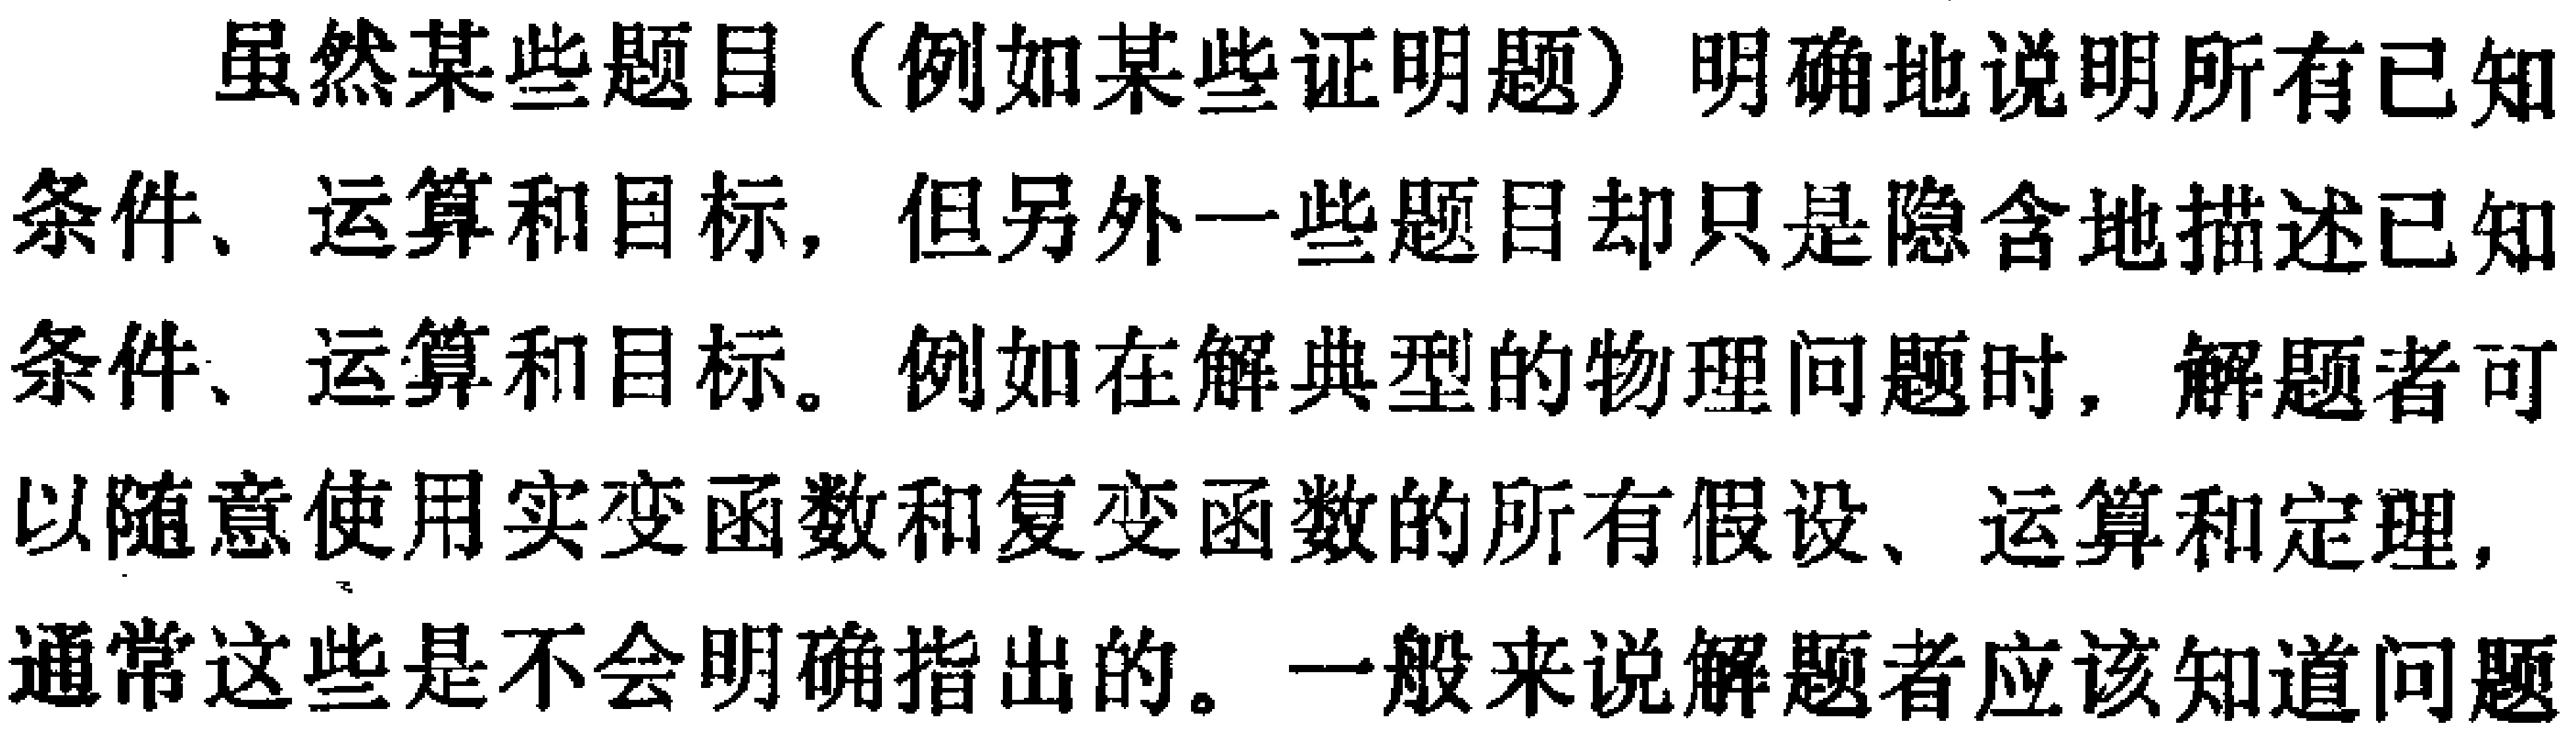
虽然某些题目（例如某些证明题）明确地说明所有已知条件、运算和目标，但另外一些题目却只是隐含地描述已知条件、运算和目标。例如在解典型的物理问题时，解题者可以随意使用实变函数和复变函数的所有假设、运算和定理，通常这些是不会明确指出的。一般来说解题者应该知道问题